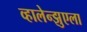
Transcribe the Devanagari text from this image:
व्हालेन्झुएला